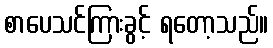
စာပေသင်ကြားခွင့် ရတော့သည်။